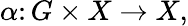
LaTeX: \alpha\colon G\times X\to X,